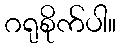
ဂရုစိုက်ပါ။